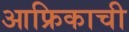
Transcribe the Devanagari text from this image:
आफ्रिकाची